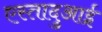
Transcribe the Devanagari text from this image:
एस्तादुआई